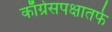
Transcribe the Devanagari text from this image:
काँग्रेसपक्षातर्फे